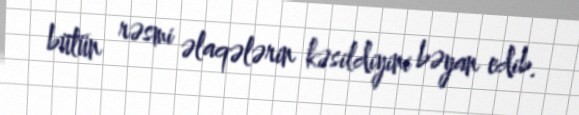
bütün rəsmi əlaqələrin kəsildiyini bəyan edib.